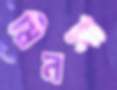
মিনসা